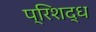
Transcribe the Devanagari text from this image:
प्रिशद्ध